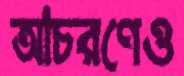
আচরণেও